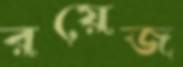
রয়েজ